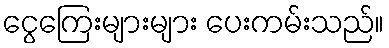
ငွေကြေးများများ ပေးကမ်းသည်။